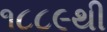
૧૮૮૯થી